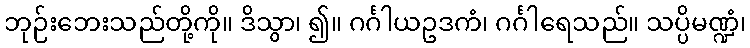
ဘုဉ်းဘေးသည်တို့ကို။ ဒိသွာ၊ ၍။ ဂင်္ဂါယဥဒကံ၊ ဂင်္ဂါရေသည်။ သပ္ပိမဏ္ဍံ၊